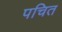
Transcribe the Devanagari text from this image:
पचित